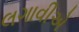
લગાવીએ